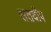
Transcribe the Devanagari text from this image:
सतदीप